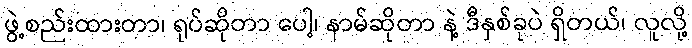
ဖွဲ့စည်းထားတာ၊ ရုပ်ဆိုတာ ပေါ့၊ နာမ်ဆိုတာ နဲ့ ဒီနှစ်ခုပဲ ရှိတယ်၊ လူလို့